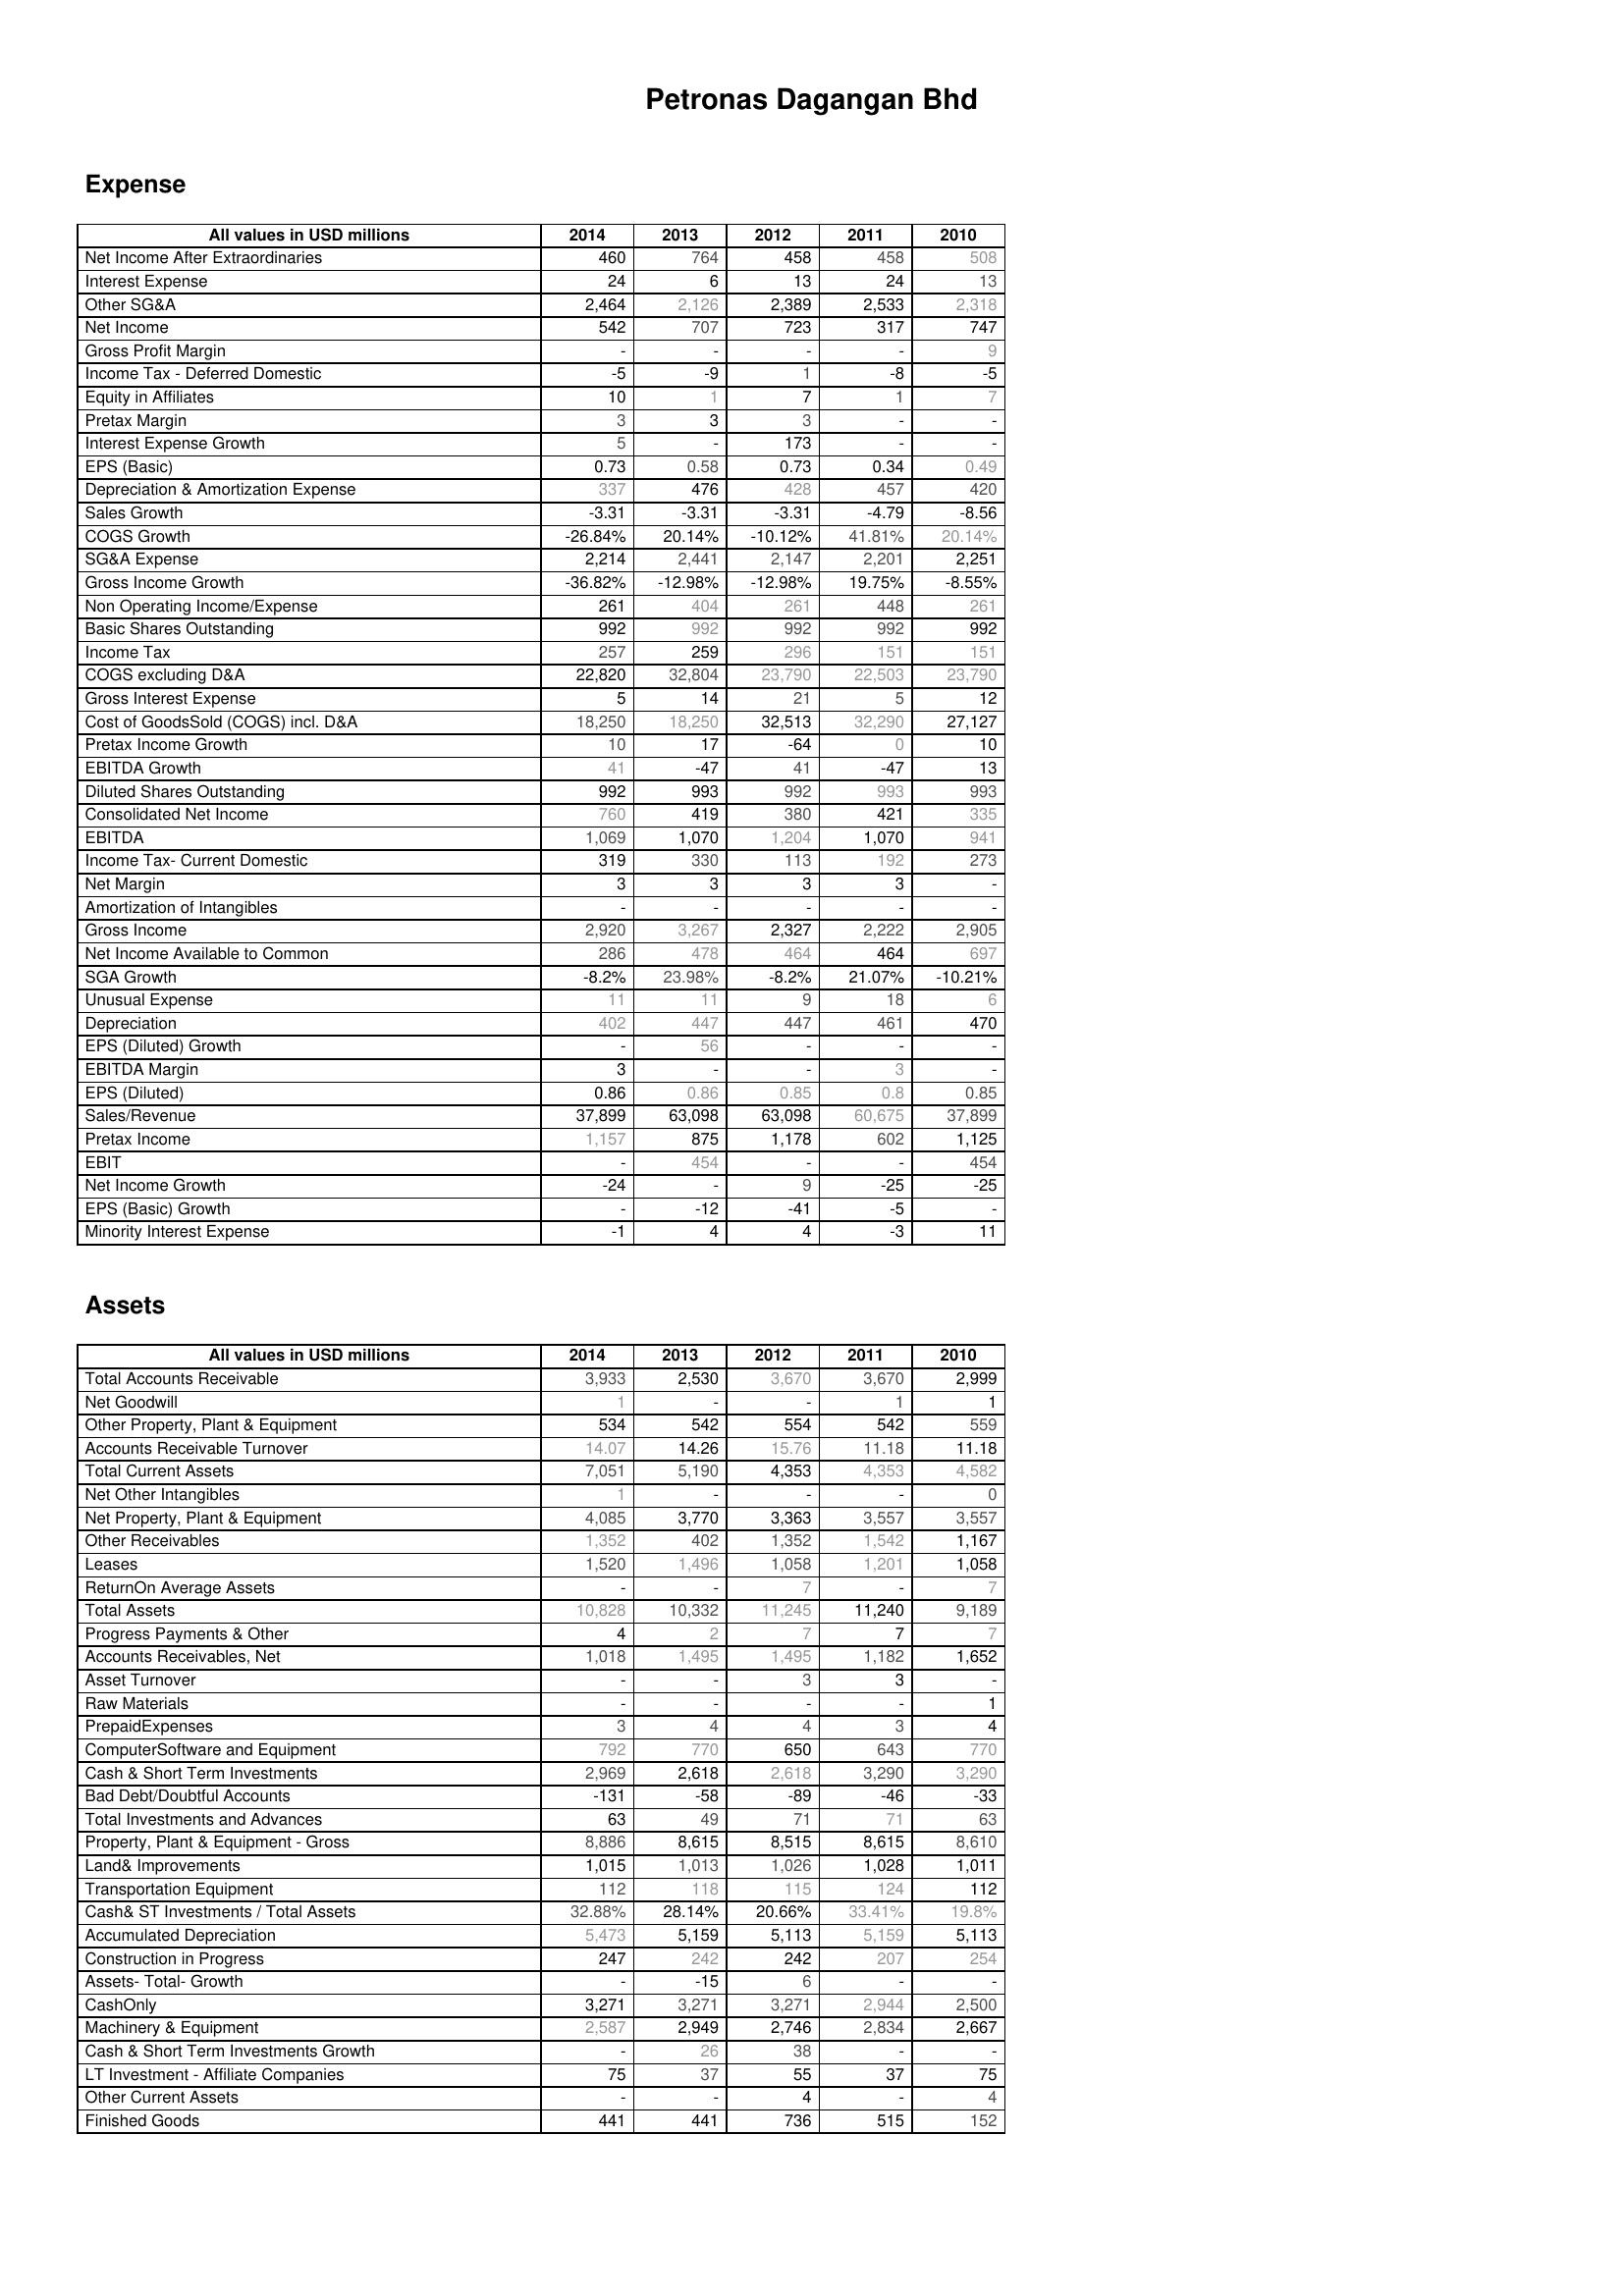
2014: Expense: Net Income After Extraordinaries: 460
Interest Expense: 24
Other SG&A: 2,464
Net Income: 542
Gross Profit Margin: -
Income Tax - Deferred Domestic: -5
Equity in Affiliates: 10
Pretax Margin: 3
Interest Expense Growth: 5
EPS (Basic): 0.73
Depreciation & Amortization Expense: 337
Sales Growth: -3.31
COGS Growth: -26.84%
SG&A Expense: 2,214
Gross Income Growth: -36.82%
Non Operating Income/Expense: 261
Basic Shares Outstanding: 992
Income Tax: 257
COGS excluding D&A: 22,820
Gross Interest Expense: 5
Cost of GoodsSold (COGS) incl. D&A: 18,250
Pretax Income Growth: 10
EBITDA Growth: 41
Diluted Shares Outstanding: 992
Consolidated Net Income: 760
EBITDA: 1,069
Income Tax- Current Domestic: 319
Net Margin: 3
Amortization of Intangibles: -
Gross Income: 2,920
Net Income Available to Common: 286
SGA Growth: -8.2%
Unusual Expense: 11
Depreciation: 402
EPS (Diluted) Growth: -
EBITDA Margin: 3
EPS (Diluted): 0.86
Sales/Revenue: 37,899
Pretax Income: 1,157
EBIT: -
Net Income Growth: -24
EPS (Basic) Growth: -
Minority Interest Expense: -1
Assets: Total Accounts Receivable: 3,933
Net Goodwill: 1
Other Property, Plant & Equipment: 534
Accounts Receivable Turnover: 14.07
Total Current Assets: 7,051
Net Other Intangibles: 1
Net Property, Plant & Equipment: 4,085
Other Receivables: 1,352
Leases: 1,520
ReturnOn Average Assets: -
Total Assets: 10,828
Progress Payments & Other: 4
Accounts Receivables, Net: 1,018
Asset Turnover: -
Raw Materials: -
PrepaidExpenses: 3
ComputerSoftware and Equipment: 792
Cash & Short Term Investments: 2,969
Bad Debt/Doubtful Accounts: -131
Total Investments and Advances: 63
Property, Plant & Equipment - Gross : 8,886
Land& Improvements: 1,015
Transportation Equipment: 112
Cash& ST Investments / Total Assets: 32.88%
Accumulated Depreciation: 5,473
Construction in Progress: 247
Assets- Total- Growth: -
CashOnly: 3,271
Machinery & Equipment: 2,587
Cash & Short Term Investments Growth: -
LT Investment - Affiliate Companies: 75
Other Current Assets: -
Finished Goods: 441
2013: Expense: Net Income After Extraordinaries: 764
Interest Expense: 6
Other SG&A: 2,126
Net Income: 707
Gross Profit Margin: -
Income Tax - Deferred Domestic: -9
Equity in Affiliates: 1
Pretax Margin: 3
Interest Expense Growth: -
EPS (Basic): 0.58
Depreciation & Amortization Expense: 476
Sales Growth: -3.31
COGS Growth: 20.14%
SG&A Expense: 2,441
Gross Income Growth: -12.98%
Non Operating Income/Expense: 404
Basic Shares Outstanding: 992
Income Tax: 259
COGS excluding D&A: 32,804
Gross Interest Expense: 14
Cost of GoodsSold (COGS) incl. D&A: 18,250
Pretax Income Growth: 17
EBITDA Growth: -47
Diluted Shares Outstanding: 993
Consolidated Net Income: 419
EBITDA: 1,070
Income Tax- Current Domestic: 330
Net Margin: 3
Amortization of Intangibles: -
Gross Income: 3,267
Net Income Available to Common: 478
SGA Growth: 23.98%
Unusual Expense: 11
Depreciation: 447
EPS (Diluted) Growth: 56
EBITDA Margin: -
EPS (Diluted): 0.86
Sales/Revenue: 63,098
Pretax Income: 875
EBIT: 454
Net Income Growth: -
EPS (Basic) Growth: -12
Minority Interest Expense: 4
Assets: Total Accounts Receivable: 2,530
Net Goodwill: -
Other Property, Plant & Equipment: 542
Accounts Receivable Turnover: 14.26
Total Current Assets: 5,190
Net Other Intangibles: -
Net Property, Plant & Equipment: 3,770
Other Receivables: 402
Leases: 1,496
ReturnOn Average Assets: -
Total Assets: 10,332
Progress Payments & Other: 2
Accounts Receivables, Net: 1,495
Asset Turnover: -
Raw Materials: -
PrepaidExpenses: 4
ComputerSoftware and Equipment: 770
Cash & Short Term Investments: 2,618
Bad Debt/Doubtful Accounts: -58
Total Investments and Advances: 49
Property, Plant & Equipment - Gross : 8,615
Land& Improvements: 1,013
Transportation Equipment: 118
Cash& ST Investments / Total Assets: 28.14%
Accumulated Depreciation: 5,159
Construction in Progress: 242
Assets- Total- Growth: -15
CashOnly: 3,271
Machinery & Equipment: 2,949
Cash & Short Term Investments Growth: 26
LT Investment - Affiliate Companies: 37
Other Current Assets: -
Finished Goods: 441
2012: Expense: Net Income After Extraordinaries: 458
Interest Expense: 13
Other SG&A: 2,389
Net Income: 723
Gross Profit Margin: -
Income Tax - Deferred Domestic: 1
Equity in Affiliates: 7
Pretax Margin: 3
Interest Expense Growth: 173
EPS (Basic): 0.73
Depreciation & Amortization Expense: 428
Sales Growth: -3.31
COGS Growth: -10.12%
SG&A Expense: 2,147
Gross Income Growth: -12.98%
Non Operating Income/Expense: 261
Basic Shares Outstanding: 992
Income Tax: 296
COGS excluding D&A: 23,790
Gross Interest Expense: 21
Cost of GoodsSold (COGS) incl. D&A: 32,513
Pretax Income Growth: -64
EBITDA Growth: 41
Diluted Shares Outstanding: 992
Consolidated Net Income: 380
EBITDA: 1,204
Income Tax- Current Domestic: 113
Net Margin: 3
Amortization of Intangibles: -
Gross Income: 2,327
Net Income Available to Common: 464
SGA Growth: -8.2%
Unusual Expense: 9
Depreciation: 447
EPS (Diluted) Growth: -
EBITDA Margin: -
EPS (Diluted): 0.85
Sales/Revenue: 63,098
Pretax Income: 1,178
EBIT: -
Net Income Growth: 9
EPS (Basic) Growth: -41
Minority Interest Expense: 4
Assets: Total Accounts Receivable: 3,670
Net Goodwill: -
Other Property, Plant & Equipment: 554
Accounts Receivable Turnover: 15.76
Total Current Assets: 4,353
Net Other Intangibles: -
Net Property, Plant & Equipment: 3,363
Other Receivables: 1,352
Leases: 1,058
ReturnOn Average Assets: 7
Total Assets: 11,245
Progress Payments & Other: 7
Accounts Receivables, Net: 1,495
Asset Turnover: 3
Raw Materials: -
PrepaidExpenses: 4
ComputerSoftware and Equipment: 650
Cash & Short Term Investments: 2,618
Bad Debt/Doubtful Accounts: -89
Total Investments and Advances: 71
Property, Plant & Equipment - Gross : 8,515
Land& Improvements: 1,026
Transportation Equipment: 115
Cash& ST Investments / Total Assets: 20.66%
Accumulated Depreciation: 5,113
Construction in Progress: 242
Assets- Total- Growth: 6
CashOnly: 3,271
Machinery & Equipment: 2,746
Cash & Short Term Investments Growth: 38
LT Investment - Affiliate Companies: 55
Other Current Assets: 4
Finished Goods: 736
2011: Expense: Net Income After Extraordinaries: 458
Interest Expense: 24
Other SG&A: 2,533
Net Income: 317
Gross Profit Margin: -
Income Tax - Deferred Domestic: -8
Equity in Affiliates: 1
Pretax Margin: -
Interest Expense Growth: -
EPS (Basic): 0.34
Depreciation & Amortization Expense: 457
Sales Growth: -4.79
COGS Growth: 41.81%
SG&A Expense: 2,201
Gross Income Growth: 19.75%
Non Operating Income/Expense: 448
Basic Shares Outstanding: 992
Income Tax: 151
COGS excluding D&A: 22,503
Gross Interest Expense: 5
Cost of GoodsSold (COGS) incl. D&A: 32,290
Pretax Income Growth: 0
EBITDA Growth: -47
Diluted Shares Outstanding: 993
Consolidated Net Income: 421
EBITDA: 1,070
Income Tax- Current Domestic: 192
Net Margin: 3
Amortization of Intangibles: -
Gross Income: 2,222
Net Income Available to Common: 464
SGA Growth: 21.07%
Unusual Expense: 18
Depreciation: 461
EPS (Diluted) Growth: -
EBITDA Margin: 3
EPS (Diluted): 0.8
Sales/Revenue: 60,675
Pretax Income: 602
EBIT: -
Net Income Growth: -25
EPS (Basic) Growth: -5
Minority Interest Expense: -3
Assets: Total Accounts Receivable: 3,670
Net Goodwill: 1
Other Property, Plant & Equipment: 542
Accounts Receivable Turnover: 11.18
Total Current Assets: 4,353
Net Other Intangibles: -
Net Property, Plant & Equipment: 3,557
Other Receivables: 1,542
Leases: 1,201
ReturnOn Average Assets: -
Total Assets: 11,240
Progress Payments & Other: 7
Accounts Receivables, Net: 1,182
Asset Turnover: 3
Raw Materials: -
PrepaidExpenses: 3
ComputerSoftware and Equipment: 643
Cash & Short Term Investments: 3,290
Bad Debt/Doubtful Accounts: -46
Total Investments and Advances: 71
Property, Plant & Equipment - Gross : 8,615
Land& Improvements: 1,028
Transportation Equipment: 124
Cash& ST Investments / Total Assets: 33.41%
Accumulated Depreciation: 5,159
Construction in Progress: 207
Assets- Total- Growth: -
CashOnly: 2,944
Machinery & Equipment: 2,834
Cash & Short Term Investments Growth: -
LT Investment - Affiliate Companies: 37
Other Current Assets: -
Finished Goods: 515
2010: Expense: Net Income After Extraordinaries: 508
Interest Expense: 13
Other SG&A: 2,318
Net Income: 747
Gross Profit Margin: 9
Income Tax - Deferred Domestic: -5
Equity in Affiliates: 7
Pretax Margin: -
Interest Expense Growth: -
EPS (Basic): 0.49
Depreciation & Amortization Expense: 420
Sales Growth: -8.56
COGS Growth: 20.14%
SG&A Expense: 2,251
Gross Income Growth: -8.55%
Non Operating Income/Expense: 261
Basic Shares Outstanding: 992
Income Tax: 151
COGS excluding D&A: 23,790
Gross Interest Expense: 12
Cost of GoodsSold (COGS) incl. D&A: 27,127
Pretax Income Growth: 10
EBITDA Growth: 13
Diluted Shares Outstanding: 993
Consolidated Net Income: 335
EBITDA: 941
Income Tax- Current Domestic: 273
Net Margin: -
Amortization of Intangibles: -
Gross Income: 2,905
Net Income Available to Common: 697
SGA Growth: -10.21%
Unusual Expense: 6
Depreciation: 470
EPS (Diluted) Growth: -
EBITDA Margin: -
EPS (Diluted): 0.85
Sales/Revenue: 37,899
Pretax Income: 1,125
EBIT: 454
Net Income Growth: -25
EPS (Basic) Growth: -
Minority Interest Expense: 11
Assets: Total Accounts Receivable: 2,999
Net Goodwill: 1
Other Property, Plant & Equipment: 559
Accounts Receivable Turnover: 11.18
Total Current Assets: 4,582
Net Other Intangibles: 0
Net Property, Plant & Equipment: 3,557
Other Receivables: 1,167
Leases: 1,058
ReturnOn Average Assets: 7
Total Assets: 9,189
Progress Payments & Other: 7
Accounts Receivables, Net: 1,652
Asset Turnover: -
Raw Materials: 1
PrepaidExpenses: 4
ComputerSoftware and Equipment: 770
Cash & Short Term Investments: 3,290
Bad Debt/Doubtful Accounts: -33
Total Investments and Advances: 63
Property, Plant & Equipment - Gross : 8,610
Land& Improvements: 1,011
Transportation Equipment: 112
Cash& ST Investments / Total Assets: 19.8%
Accumulated Depreciation: 5,113
Construction in Progress: 254
Assets- Total- Growth: -
CashOnly: 2,500
Machinery & Equipment: 2,667
Cash & Short Term Investments Growth: -
LT Investment - Affiliate Companies: 75
Other Current Assets: 4
Finished Goods: 152